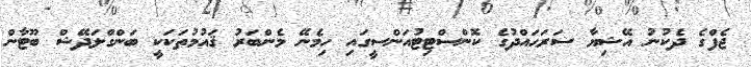
ޖެފްގެ ދެކުނު އޭޝިޔާ ސަރަޙައްދުގެ ކޮންސްޓިޓުއަންސީގައި ހިމެނޭ މެންބަރު ޤައުމުތަކަކީ ބަންގްލަދޭޝް ބޫޓާން